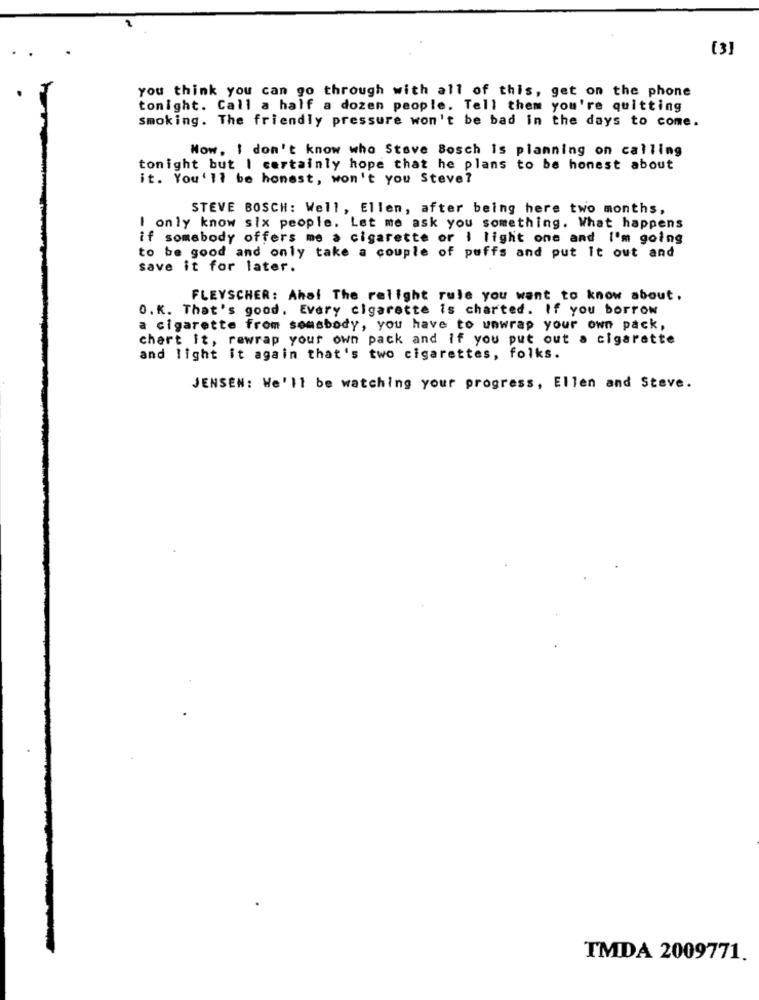
[3]
you think you can go through with all of this, get on the phone
tonight. Call a half a dozen people. Tell them you're quitting
smoking. The friendly pressure won't be bad in the days to come.
Now. I don't know who Stave Bosch Is planning on calling
tonight but I certainly hope that he plans to be honest about
it. You'll be honest, won't you Steve?
STEVE BOSCH: Well, Ellen, after being here two months,
I only know six people. Let me ask you something. What happens
if somebody offers me a cigarette or I light one and I'm going
to be good and only take a couple of puffs and put It out and
save it for later.
FLEYSCHER: Ahol The relight rule you want to know about.
O.K. That's good. Every cigarette is charted. If you borrow
a cigarette from somsbody, you have to unwrap your own pack,
chart it, rewrap your own pack and if you put out a cigarette
and light it again that's two cigarettes, folks.
JENSEN: We'll be watching your progress, Ellen and Steve.
TMDA 2009771.